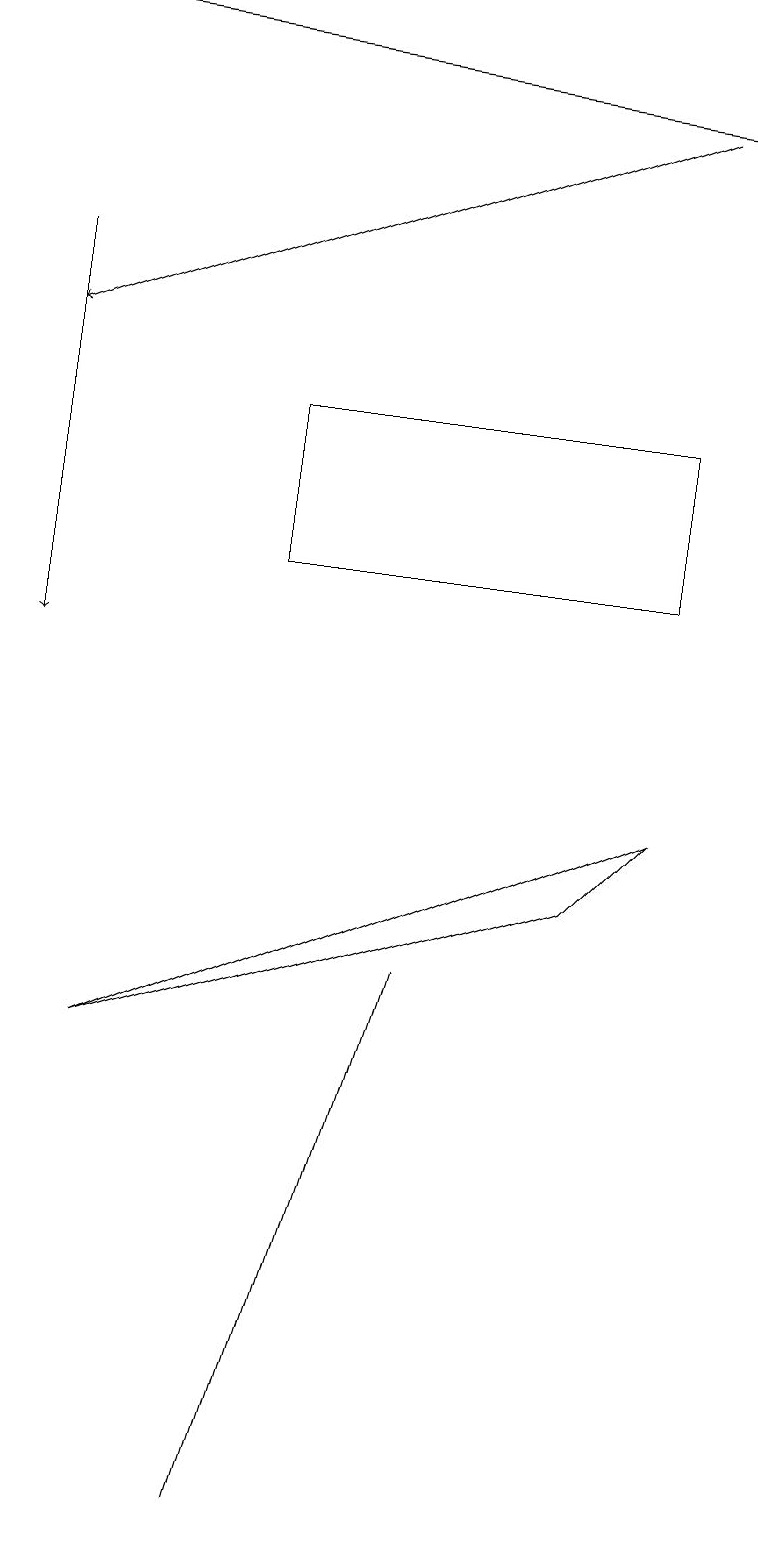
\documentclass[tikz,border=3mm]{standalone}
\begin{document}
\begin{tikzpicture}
\draw (8,9) -- (7,8) -- (1,6) -- cycle;
\draw[->] (0,19) -- (9,18);
\draw[->] (8,18) -- (0,15);
\draw[->] (0,16) -- (0,11);
\draw (3,14) rectangle (8,12);
\draw (3,0) -- (5,7) -- (3,0) -- cycle;
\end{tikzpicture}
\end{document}